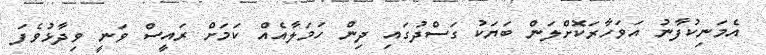
އެމަނިކުފާނު އަވަހާރަކޮށްލަން ބަޔަކު ގަސްދުގައި ދިން ހަމަލާއެއް ކަމަށް ރައީސް ވަނީ ވިދާޅުވެފަ